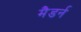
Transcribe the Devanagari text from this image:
मैडर्न